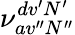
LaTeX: \nu_{av^{\prime\prime}N^{\prime\prime}}^{dv^{\prime}N^{\prime}}